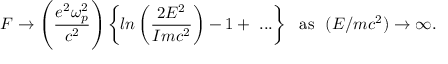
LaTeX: F \to \left( { \frac { e ^ { 2 } \omega _ { p } ^ { 2 } } { c ^ { 2 } } } \right) \left\{ l n \left( { \frac { 2 E ^ { 2 } } { I m c ^ { 2 } } } \right) - 1 + \ . . . \right\} \ \ \mathrm { a s } \ \ ( E / m c ^ { 2 } ) \to \infty .